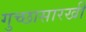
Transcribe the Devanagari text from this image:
गुच्छासारखी